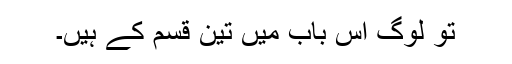
تو لوگ اس باب میں تین قسم کے ہیں۔